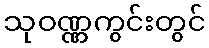
သုဝဏ္ဏကွင်းတွင်